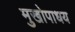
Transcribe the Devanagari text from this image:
मुखोपाधय